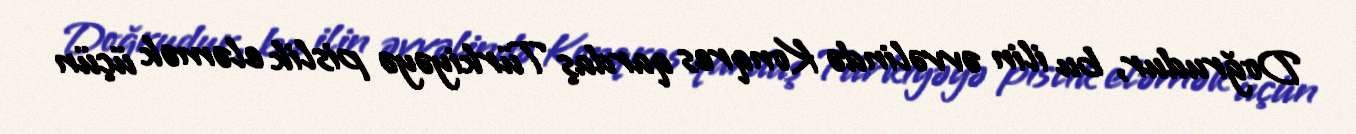
Doğrudur, bu ilin əvvəlində Konqres qardaş Türkiyəyə pislik eləmək üçün